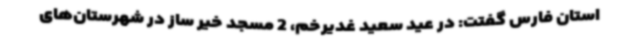
استان فارس گفتت: در عید سعید غدیرخم، 2 مسجد خیر ساز در شهرستان‌های